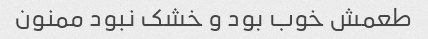
طعمش خوب بود و خشک نبود ممنون